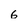
Character: 6